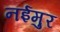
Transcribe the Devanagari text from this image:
नईमुर